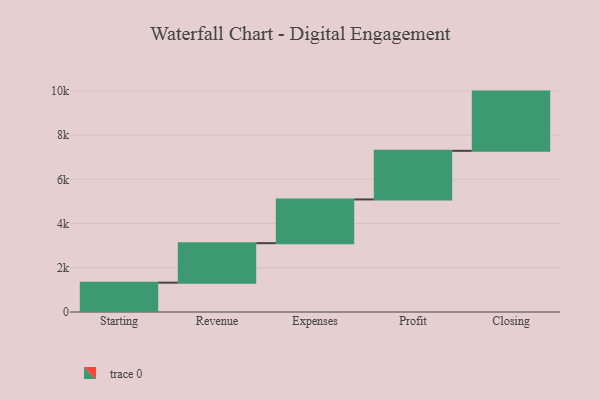
{"axis": {"x": "Step", "y": "Value"}, "legend": [""], "data": [{"x": "Starting", "y": 1327.0, "type": ""}, {"x": "Revenue", "y": 1786.0, "type": ""}, {"x": "Expenses", "y": 1978.0, "type": ""}, {"x": "Profit", "y": 2198.0, "type": ""}, {"x": "Closing", "y": 2679.0, "type": ""}]}